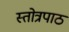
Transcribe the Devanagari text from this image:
स्तोत्रपाठ